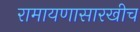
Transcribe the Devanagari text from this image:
रामायणासारखीच